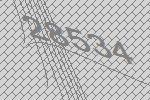
28534